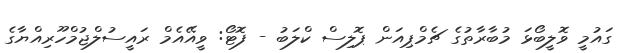
ގައުމީ ވޮލީބޯޅަ މުބާރާތުގެ ޗެމްޕިއަން ޕޮލިސް ކްލަބު - ފޮޓޯ: ވީއޭއެމް ރައީސުލްޖުމްހޫރިއްޔާގެ